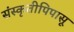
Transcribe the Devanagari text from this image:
संस्कृतीपिपासू